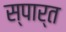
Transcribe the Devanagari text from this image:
स्पार्त